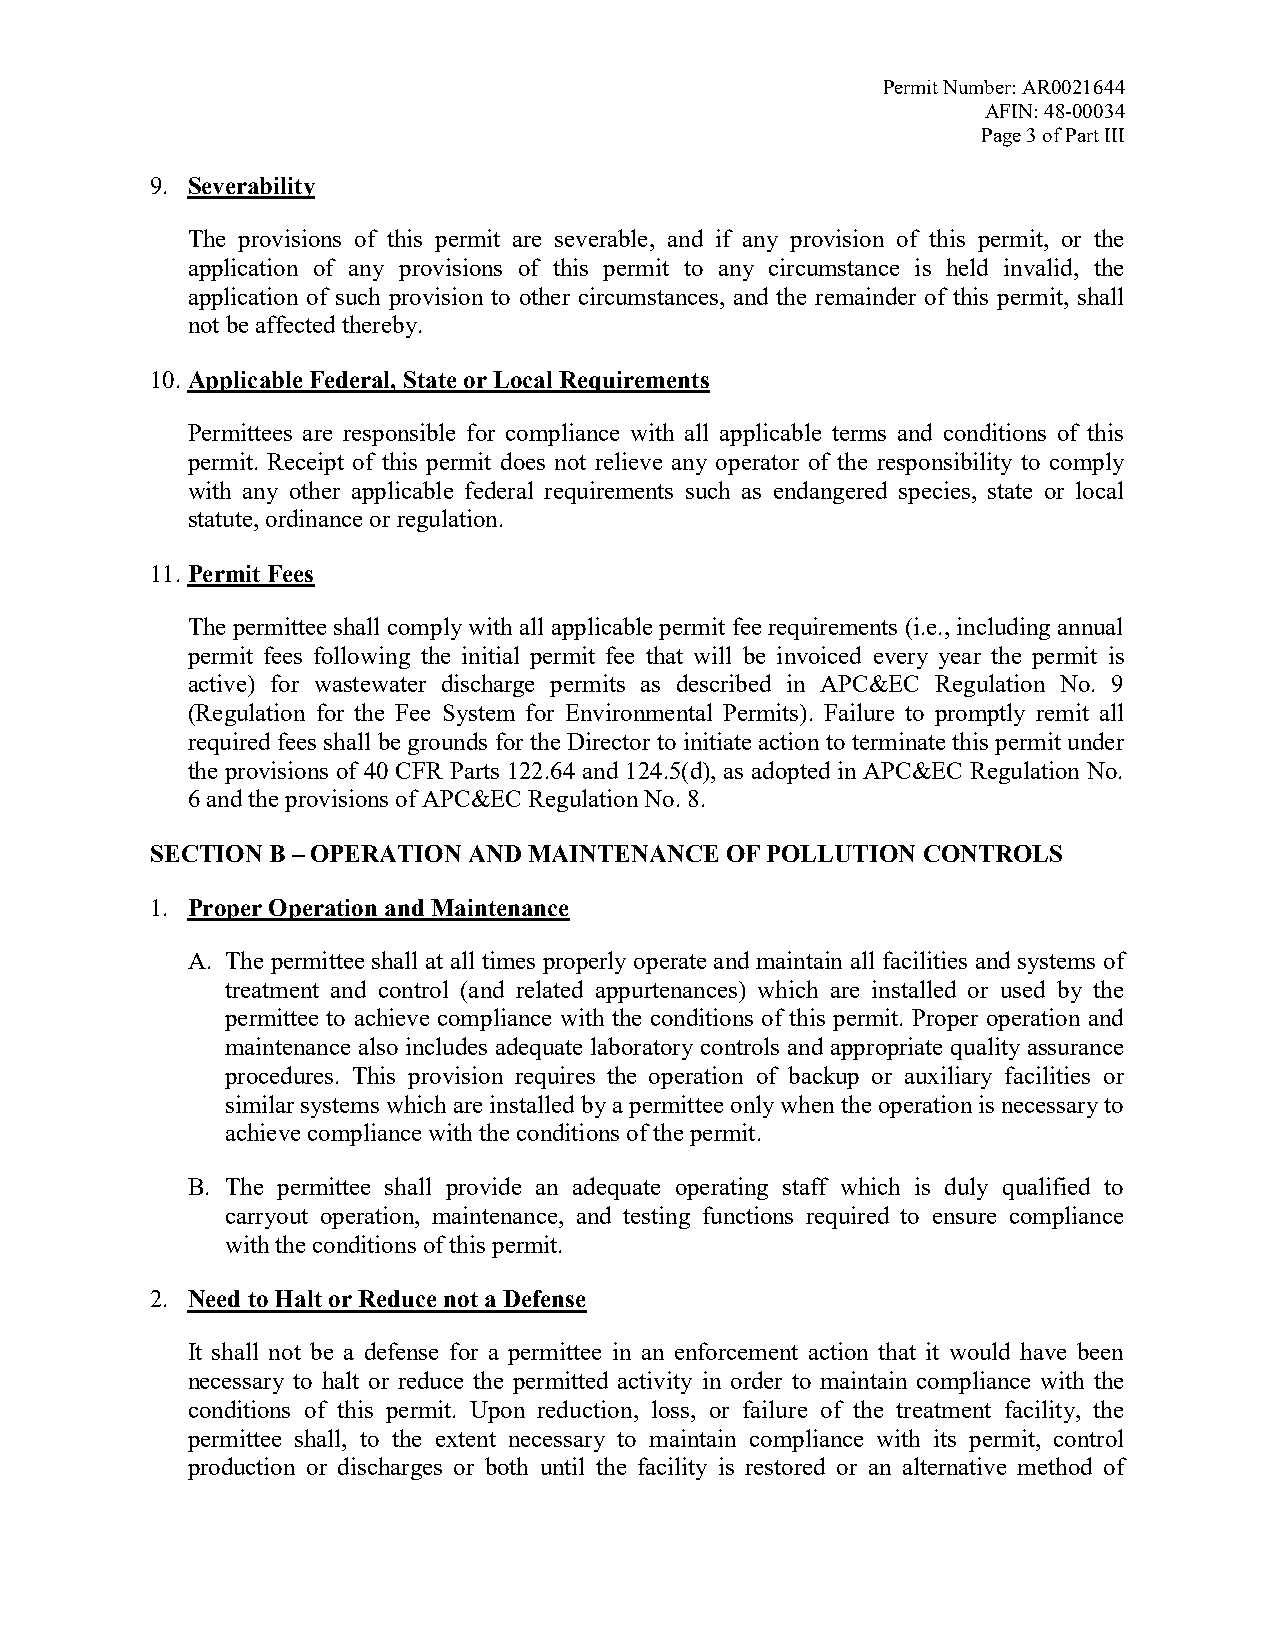
Permit Number: AR0021644
 AFIN: 48-00034
 Page 3 of Part III
 9. Severability
 The provisions of this permit are severable, and if any provision of this permit, or the
 application of any provisions of this permit to any circumstance is held invalid, the
 application of such provision to other circumstances, and the remainder of this permit, shall
 not be affected thereby.
 10. Applicable Federal, State or Local Requirements
 Permittees are responsible for compliance with all applicable terms and conditions of this
 permit. Receipt of this permit does not relieve any operator of the responsibility to comply
 with any other applicable federal requirements such as endangered species, state or local
 statute, ordinance or regulation.
 11. Permit Fees
 The permittee shall comply with all applicable permit fee requirements (i.e., including annual
 permit fees following the initial permit fee that will be invoiced every year the permit is
 active) for wastewater discharge permits as described in APC&EC Regulation No. 9
 (Regulation for the Fee System for Environmental Permits). Failure to promptly remit all
 required fees shall be grounds for the Director to initiate action to terminate this permit under
 the provisions of 40 CFR Parts 122.64 and 124.5(d), as adopted in APC&EC Regulation No.
 6 and the provisions of APC&EC Regulation No. 8.
 SECTION B – OPERATION AND MAINTENANCE OF POLLUTION CONTROLS
 1. Proper Operation and Maintenance
 A. The permittee shall at all times properly operate and maintain all facilities and systems of
 treatment and control (and related appurtenances) which are installed or used by the
 permittee to achieve compliance with the conditions of this permit. Proper operation and
 maintenance also includes adequate laboratory controls and appropriate quality assurance
 procedures. This provision requires the operation of backup or auxiliary facilities or
 similar systems which are installed by a permittee only when the operation is necessary to
 achieve compliance with the conditions of the permit.
 B. The permittee shall provide an adequate operating staff which is duly qualified to
 carryout operation, maintenance, and testing functions required to ensure compliance
 with the conditions of this permit.
 2. Need to Halt or Reduce not a Defense
 It shall not be a defense for a permittee in an enforcement action that it would have been
 necessary to halt or reduce the permitted activity in order to maintain compliance with the
 conditions of this permit. Upon reduction, loss, or failure of the treatment facility, the
 permittee shall, to the extent necessary to maintain compliance with its permit, control
 production or discharges or both until the facility is restored or an alternative method of